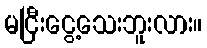
မငြီးငွေ့သေးဘူးလား။